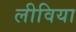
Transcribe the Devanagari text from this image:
लीविया